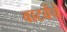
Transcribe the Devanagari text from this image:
वाटवेंचे